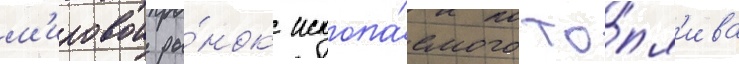
м'ировои ры́нок ископа́емого то́пл'ива